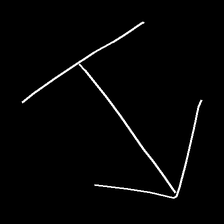
Glyph: levitation